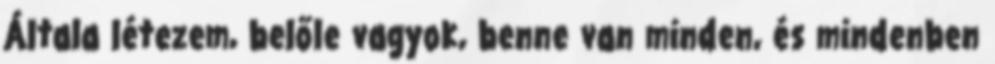
Általa létezem, belőle vagyok, benne van minden, és mindenben